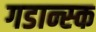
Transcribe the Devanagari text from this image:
गडान्स्क